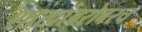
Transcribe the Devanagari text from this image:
शाखांबरोबरच